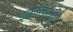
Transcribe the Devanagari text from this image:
इकाॅलाॅजी